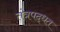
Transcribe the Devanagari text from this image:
तंत्रपद्धत